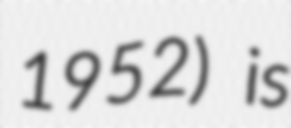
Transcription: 1952) is